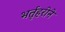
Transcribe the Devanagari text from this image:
भर्तृहरीने